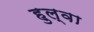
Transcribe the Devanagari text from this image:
हुल्वा